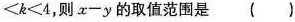
<k≤4，则x-y的取值范围是( )